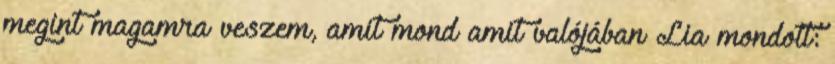
megint magamra veszem, amit mond amit valójában Lia mondott: